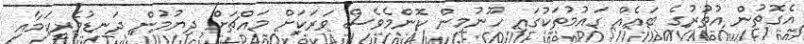
އެގޮތުން އުތުރުގެ ބައެއް ގައުމުތަކުގައި ހޫނުމިން ކޮންމެވެސް ވަރަކަށް މައްޗަށް ދިޔުމުން ދަނޑުވެރިކަމާއި